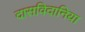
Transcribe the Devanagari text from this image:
दासविदानिया